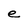
Character: e